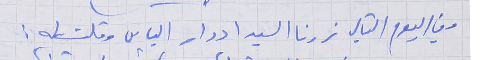
وفي اليوم التالي زرنا السيد ادوار الياس وقلت له :